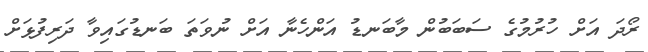
ރޯދަ އަށް ހުރުމުގެ ސަބަބުން މާބަނޑު އަންހެނާ އަށް ނުވަތަ ބަނޑުގައިވާ ދަރިފުޅަށް